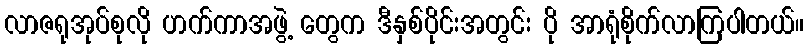
လာဇရုအုပ်စုလို ဟက်ကာအဖွဲ့ တွေက ဒီနှစ်ပိုင်းအတွင်း ပို အာရုံစိုက်လာကြပါတယ်။